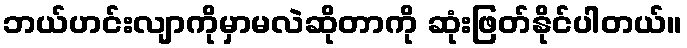
ဘယ်ဟင်းလျာကိုမှာမလဲဆိုတာကို ဆုံးဖြတ်နိုင်ပါတယ်။